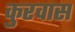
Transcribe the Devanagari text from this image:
कुरवास